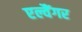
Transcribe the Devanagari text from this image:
एल्वैंगर